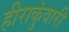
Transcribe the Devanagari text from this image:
हीराकुंवारी